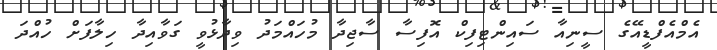
އެމްއެފްޑީއޭގެ ސީނިއާ ސައިންޓިފިކް އޮފިސާ ސާޖިދާ މުހައްމަދު ވިދާޅުވީ ގަވާއިދާ ހިލާފަށް ހުއްދަ